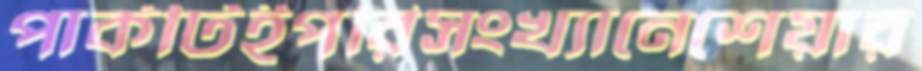
পার্কটিইপরিসংখ্যানেশেয়ার